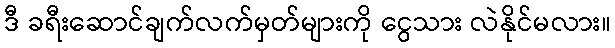
ဒီ ခရီးဆောင်ချက်လက်မှတ်များကို ငွေသား လဲနိုင်မလား။